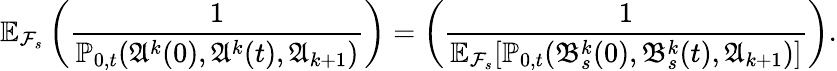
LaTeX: \mathbb{E}_{\mathcal{F}_{s}}\left(\frac{1}{\mathbb{P}_{0,t}(\mathfrak{A}^{k}(0),\mathfrak{A}^{k}(t),\mathfrak{A}_{k+1})}\right)=\left(\frac{1}{\mathbb{E}_{\mathcal{F}_{s}}[\mathbb{P}_{0,t}(\mathfrak{B}_{s}^{k}(0),\mathfrak{B}_{s}^{k}(t),\mathfrak{A}_{k+1})]}\right).